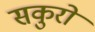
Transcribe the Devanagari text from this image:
सकुरो